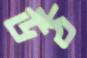
উঠ